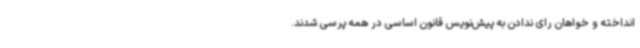
انداخته و خواهان رای ندادن به پیش‌نویس قانون اساسی در همه پرسی شدند.